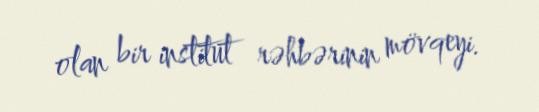
olan bir institut rəhbərinin mövqeyi.